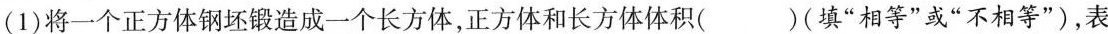
(1)将一个正方体钢坯锻造成一个长方体，正方体和长方体体积( )(填”相等”或”不相等”)，表